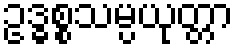
ဥဒ္ဓစ္စသမ္ပယုတ္တာ